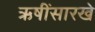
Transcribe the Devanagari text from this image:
ऋषींसारखे